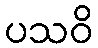
ပသဝိ